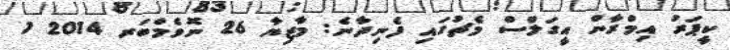
ކީޕަރު އިމްރާން އީގަލްސް މެޗުގައި ފެނިދާނެ: މާޒިޔާ 26 ނޮވެމްބަރ 2014 1